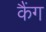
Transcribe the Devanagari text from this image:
कैंग